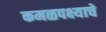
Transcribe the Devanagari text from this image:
कमळपक्ष्याचे